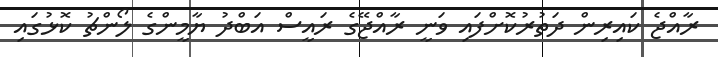
ރާއްޖެ ކައިރިން ދަތުރުކޮށްފައި ވަނީ ރާއްޖޭގެ ރައީސް އަބްދު ޔާމީންގެ ލޯންޗު ކޮޅުގައި